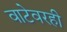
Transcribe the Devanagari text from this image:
वाटेवरही